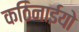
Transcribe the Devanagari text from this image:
कठिनाईयो